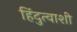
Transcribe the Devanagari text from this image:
हिंदुत्वाशी